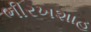
ભીરખશાહ